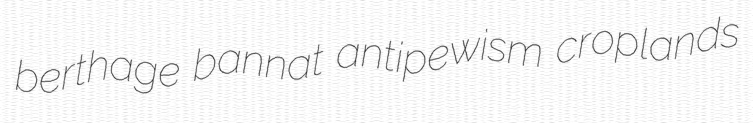
berthage bannat antipewism croplands